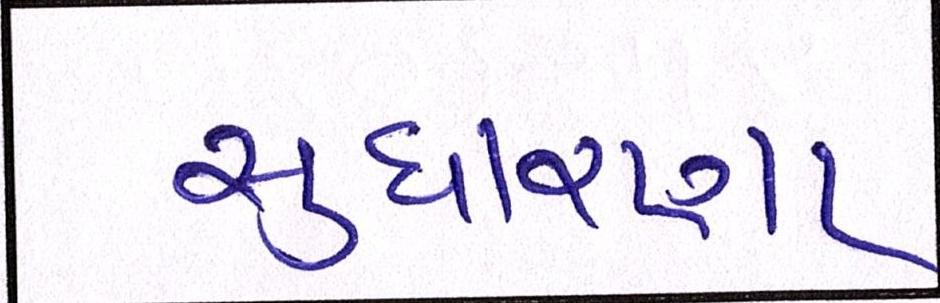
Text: સુધારણા